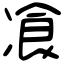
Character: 飡